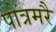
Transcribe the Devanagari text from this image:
पोत्रमरै